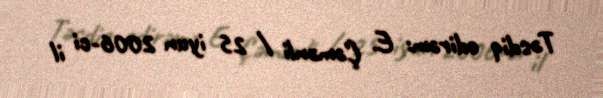
Təsdiq edirəm: E. Çəmənli / 25 iyun 2006-ci il